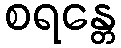
စရန္တေ